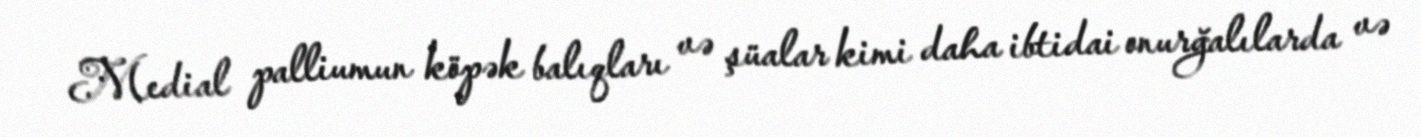
Medial palliumun köpək balıqları və şüalar kimi daha ibtidai onurğalılarda və